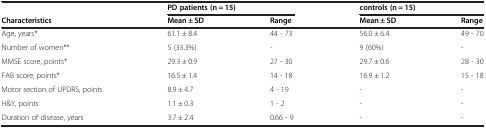
<table><thead><tr><td></td><td colspan="2"><b>PD patients (n = 15)</b></td><td colspan="2"><b>controls (n = 15)</b></td></tr></thead><tbody><tr><td><b>Characteristics</b></td><td><b>Mean ± SD</b></td><td><b>Range</b></td><td><b>Mean ± SD</b></td><td><b>Range</b></td></tr><tr><td>Age, years*</td><td>61.1 ± 8.4</td><td>44 - 73</td><td>56.0 ± 6.4</td><td>49 - 70</td></tr><tr><td>Number of women**</td><td>5 (33.3%)</td><td>-</td><td>9 (60%)</td><td>-</td></tr><tr><td>MMSE score, points*</td><td>29.3 ± 0.9</td><td>27 - 30</td><td>29.7 ± 0.6</td><td>28 - 30</td></tr><tr><td>FAB score, points*</td><td>16.5 ± 1.4</td><td>14 - 18</td><td>16.9 ± 1.2</td><td>15 - 18</td></tr><tr><td>Motor section of UPDRS, points</td><td>8.9 ± 4.7</td><td>4 - 19</td><td>-</td><td>-</td></tr><tr><td>H&amp;Y, points</td><td>1.1 ± 0.3</td><td>1 - 2</td><td>-</td><td>-</td></tr><tr><td>Duration of disease, years</td><td>3.7 ± 2.4</td><td>0.66 - 9</td><td>-</td><td>-</td></tr></tbody></table>